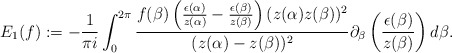
\begin{align*}E_{1}(f):=-\frac{1}{\pi i}\int_{0}^{2\pi}\frac{f(\beta)\left(\frac{\epsilon(\alpha)}{z(\alpha)}-\frac{\epsilon(\beta)}{z(\beta)}\right)(z(\alpha)z(\beta))^{2}}{(z(\alpha)-z(\beta))^{2}}\partial_{\beta}\left(\frac{\epsilon(\beta)}{z(\beta)}\right)d\beta.\end{align*}